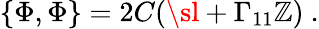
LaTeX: \{ \Phi,\Phi\} =2C(\sl+\Gamma_{11}\mathbb{Z})\ .